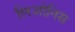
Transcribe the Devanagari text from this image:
लिओनिस